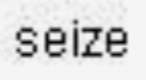
seize